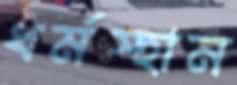
ধর্মস্হান